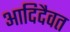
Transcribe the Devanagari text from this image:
आदिदैवत